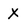
Character: X